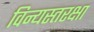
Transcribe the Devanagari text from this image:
विन्यस्तरक्षा